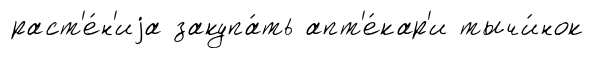
раст'е́н'иjа закупа́ть апт'е́кар'и тычи́нок